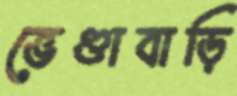
ভেণ্ডাবাড়ি